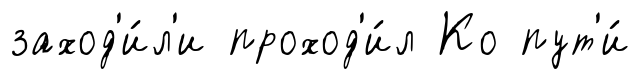
заход'и́л'и проход'и́л Ко пут'и́